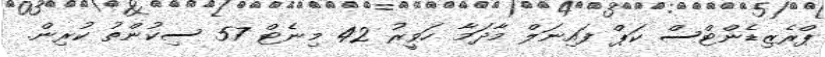
ޕްރެޒިޑެންޓްސް ކަޕް ފައިނަލް މާދަމާ ހަވީރު 42 މިނެޓް 57 ސިކުންތު ކުރިން.